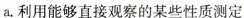
a。利用能够直接观察的某些性质测定